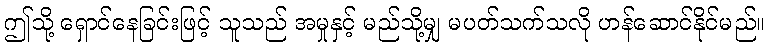
ဤသို့ ရှောင်နေခြင်းဖြင့် သူသည် အမှုနှင့် မည်သို့မျှ မပတ်သက်သလို ဟန်ဆောင်နိုင်မည်။